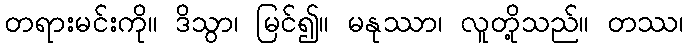
တရားမင်းကို။ ဒိသွာ၊ မြင်၍။ မနုဿာ၊ လူတို့သည်။ တဿ၊